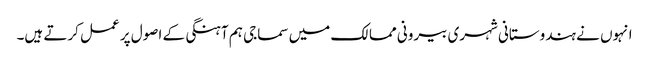
انہوں نے ہندوستانی شہری بیرونی ممالک میں سماجی ہم آہنگی کے اصول پر عمل کرتے ہیں۔